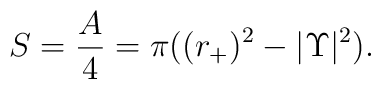
S = {A \over 4} = \pi ((r_+)^2 - |\Upsilon|^2).